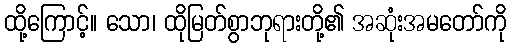
ထို့ကြောင့်။ သော၊ ထိုမြတ်စွာဘုရားတို့၏ အဆုံးအမတော်ကို